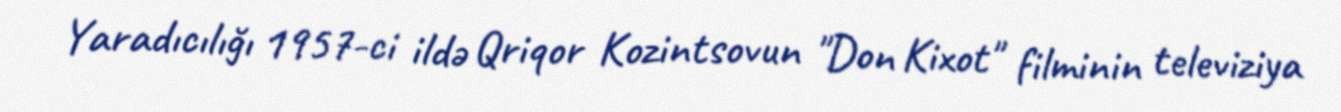
Yaradıcılığı 1957-ci ildə Qriqor Kozintsovun "Don Kixot" filminin televiziya